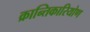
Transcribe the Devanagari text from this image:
क्रान्तिकारियोण